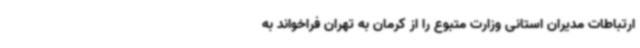
ارتباطات مدیران استانی وزارت متبوع را از کرمان به تهران فراخواند به